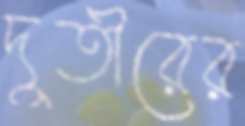
দুতীরের